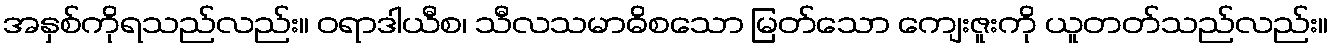
အနှစ်ကိုရသည်လည်း။ ဝရာဒါယီစ၊ သီလသမာဓိစသော မြတ်သော ကျေးဇူးကို ယူတတ်သည်လည်း။